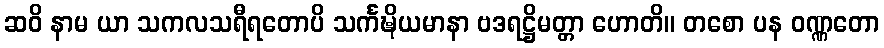
ဆဝိ နာမ ယာ သကလသရီရတောပိ သင်္ကဍ္ဎိယမာနာ ဗဒရဋ္ဌိမတ္တာ ဟောတိ။ တစော ပန ဝဏ္ဏတော